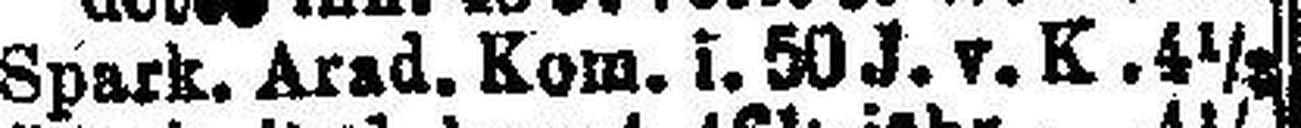
Spark. Arad. Kom. i. 50 J. v. K. 4½